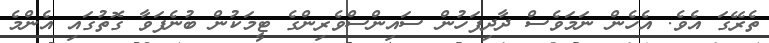
ތެރޭގަ އެވެ. އެހެން ނަމަވެސް ދާދިފަހުން ސައިންސްވެރިންގެ ޓީމަކުން ބުނެފަވާ ގޮތުގައި އެންމެ